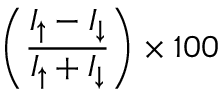
\left( \frac { I _ { \uparrow } - I _ { \downarrow } } { I _ { \uparrow } + I _ { \downarrow } } \right) \times 1 0 0